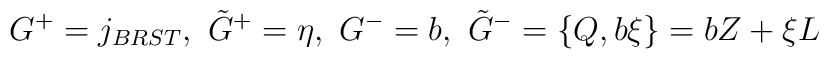
G^+ = j_{BRST},~ \tilde G^+ = \eta,~G^- = b,~ \tilde G^- = \{Q, b\xi\} = b Z + \xi L